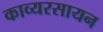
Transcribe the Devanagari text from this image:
काव्यरसायन